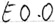
Text: E0.0